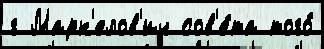
г Марк'елов'ич сов'е́та того́